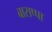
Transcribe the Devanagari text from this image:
बासप्पा